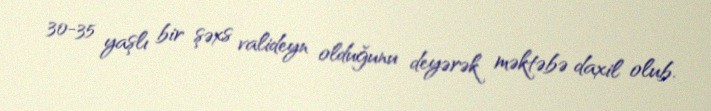
30-35 yaşlı bir şəxs valideyn olduğunu deyərək məktəbə daxil olub.